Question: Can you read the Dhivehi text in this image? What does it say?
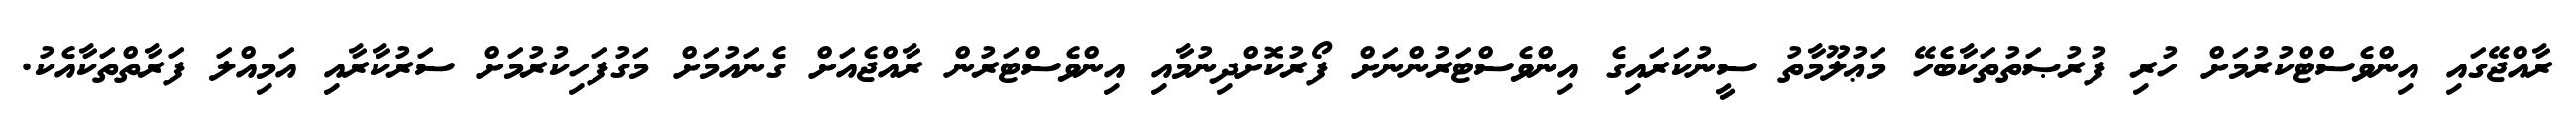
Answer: ރާއްޖޭގައި އިންވެސްޓްކުރުމަށް ހުރި ފުރުޞަތުތަކާބެހޭ މަޢުލޫމާތު ސީނުކަރައިގެ އިންވެސްޓަރުންނަށް ފޯރުކޮށްދިނުމާއި އިންވެސްޓަރުން ރާއްޖެއަށް ގެނައުމަށް މަގުފަހިކުރުމަށް ސަރުކާރާއި އަމިއްލަ ފަރާތްތަކާއެކު.